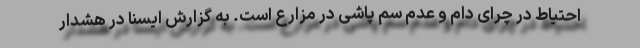
احتیاط در چرای دام و عدم سم پاشی در مزارع است. به گزارش ایسنا در هشدار